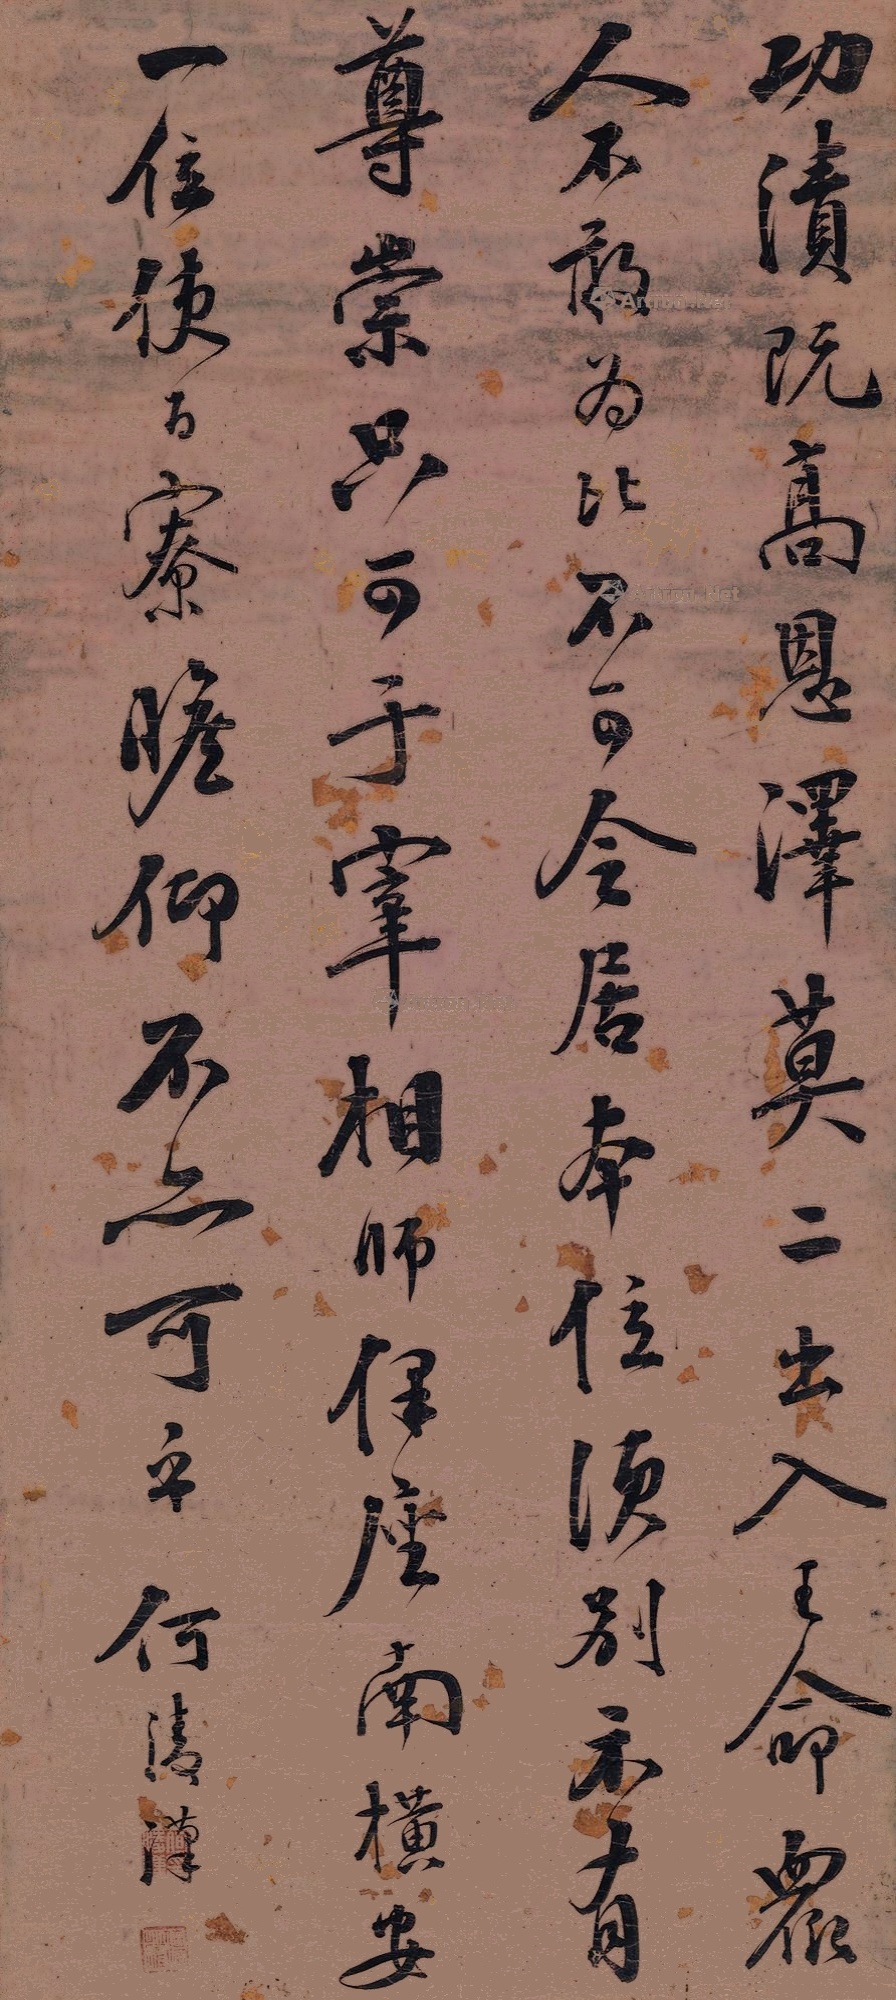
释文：功绩既高，恩泽莫二，出入王命，众人不敢为比，不可令居本位，须别示有尊崇，只可于宰相师保座南横安一位，使百寮瞻仰，不亦可乎。何凌汉印（白文）